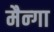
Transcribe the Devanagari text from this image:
मैन्गा